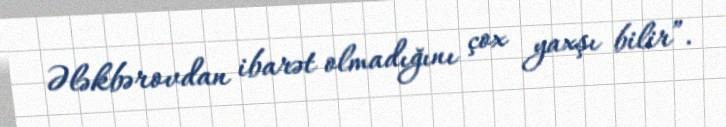
Ələkbərovdan ibarət olmadığını çox yaxşı bilir”.